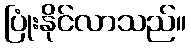
ပြုံးနိုင်လာသည်။